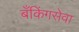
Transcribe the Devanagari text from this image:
बँकिंगसेवा